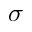
\boldsymbol { \sigma }